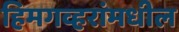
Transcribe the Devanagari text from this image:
हिमगव्हरांमधील